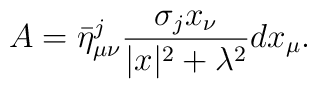
A=\bar{\eta}^j_{\mu\nu}\frac{\sigma_jx_\nu}{|x|^2+\lambda^2}dx_\mu.